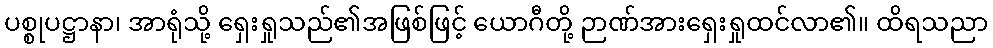
ပစ္စုပဋ္ဌာနာ၊ အာရုံသို့ ရှေးရှုသည်၏အဖြစ်ဖြင့် ယောဂီတို့ ဉာဏ်အားရှေးရှုထင်လာ၏။ ထိရသညာ